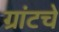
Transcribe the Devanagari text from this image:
ग्रांटचे